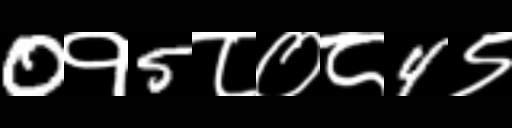
Text: 0१5८०८4९